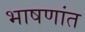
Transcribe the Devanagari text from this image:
भाषणांत